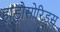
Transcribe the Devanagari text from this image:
हाड्रोसोरिड्स